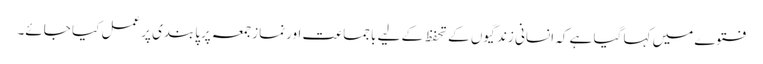
فتوے میں کہا گیا ہے کہ انسانی زندگیوں کے تحفظ کے لیے باجماعت اورنمازجمعہ پرپابندی پرعمل کیا جائے۔